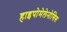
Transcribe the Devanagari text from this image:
हाइपोमेलेनोसिस